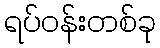
ရပ်ဝန်းတစ်ခု